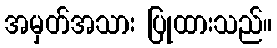
အမှတ်အသား ပြုထားသည်။